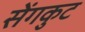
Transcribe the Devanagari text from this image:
सेंगकुट